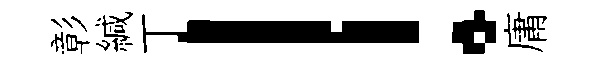
彰緘丅！庸